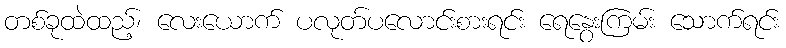
တစ်ခုထဲထည့်၊ လေးယောက် ပလုတ်ပလောင်းစားရင်း ရေနွေးကြမ်း သောက်ရင်း